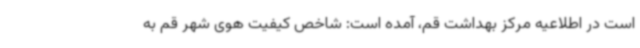
است در اطلاعیه مرکز بهداشت قم، آمده است: شاخص کیفیت هوی شهر قم به